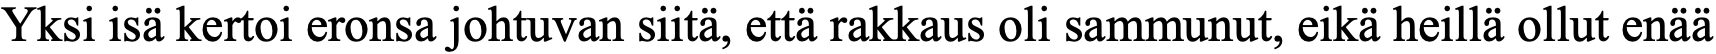
Yksi isä kertoi eronsa johtuvan siitä, että rakkaus oli sammunut, eikä heillä ollut enää